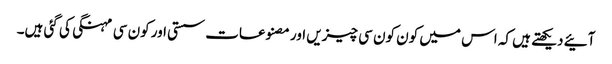
آئیے دیکھتے ہیں کہ اس میں کون کون سی چیزیں اور مصنوعات سستی اور کون سی مہنگی کی گئی ہیں۔